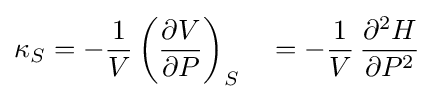
\kappa _{S}=-{\frac {1}{V}}\left({\frac {\partial V}{\partial P}}\right)_{S}\quad =-{\frac {1}{V}}\,{\frac {\partial ^{2}H}{\partial P^{2}}}